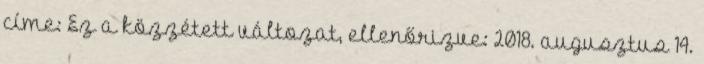
címe: Ez a közzétett változat, ellenőrizve: 2018. augusztus 14.